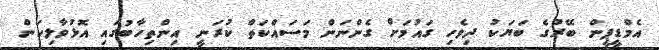
އެމްޑީޕީން ބޭރުގެ ބަޔަކު ދިވެހި ގައުމަށް ގެންނަން މަސައްކަތް ކުރަނީ އިންތިހާބުގައި އޮޅުވާލިކަން